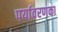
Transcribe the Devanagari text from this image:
पर्यावरणका